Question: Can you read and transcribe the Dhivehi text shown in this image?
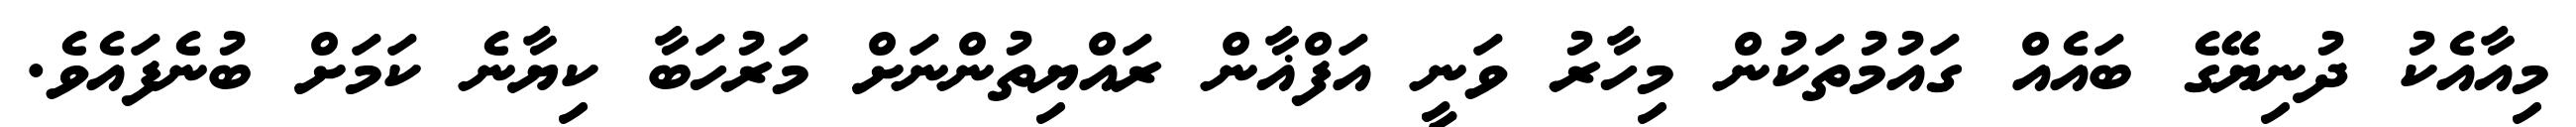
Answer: މިއާއެކު ދުނިޔޭގެ ބައެއް ގައުމުތަކުން މިހާރު ވަނީ އަފްޣާން ރައްޔިތުންނަށް މަރުހަބާ ކިޔާނެ ކަމަށް ބުނެފައެވެ.